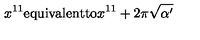
x ^ { 1 1 } \mathrm { e q u i v a l e n t t o } x ^ { 1 1 } + 2 \pi \sqrt { \alpha ^ { \prime } }